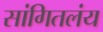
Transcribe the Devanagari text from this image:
सांगितलंय